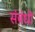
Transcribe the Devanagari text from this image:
संबंधॊ